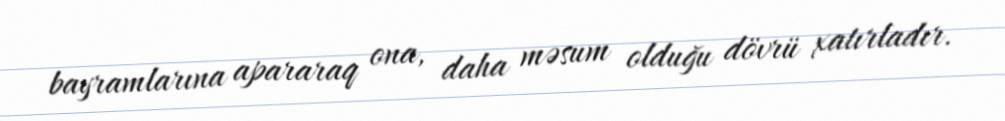
bayramlarına apararaq ona, daha məsum olduğu dövrü xatırladır.